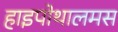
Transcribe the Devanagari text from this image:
हाइपोथालमस